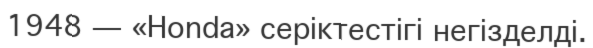
1948 — «Honda» серіктестігі негізделді.